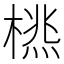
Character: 𣗮